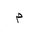
Letter: _mim